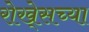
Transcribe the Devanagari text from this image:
रोखे्सच्या